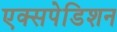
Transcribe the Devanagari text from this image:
एक्सपेडिशन